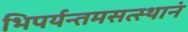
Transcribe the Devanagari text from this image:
भिपर्यन्तमसत्स्थानं